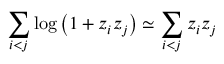
\sum _ { i < j } \log \left( 1 + z _ { i } z _ { j } \right) \simeq \sum _ { i < j } z _ { i } z _ { j }